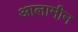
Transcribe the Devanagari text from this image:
आलामीन